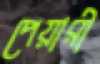
পেয়ারী